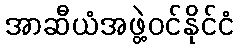
အာဆီယံအဖွဲ့ဝင်နိုင်ငံ